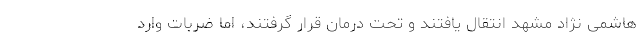
هاشمی نژاد مشهد انتقال یافتند و تحت درمان قرار گرفتند، اما ضربات وارد